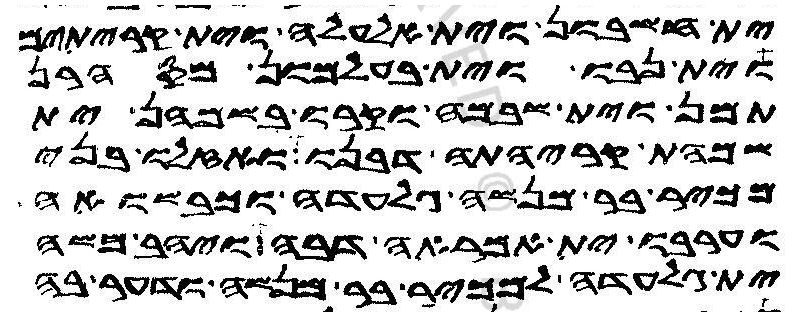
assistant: ית חשבון וית אלעלה וית קריתים
וית נבו וית בעלמון מסהרן
תמן וית שבמה וקרו בשמהן ית
שמהת קריהתה דבנו ואזלו בני
מכיר בר מנשה גלעדה וכבשואה
וערבו ית אמראה דבה ויהב משה
ית גלעדה למכיר בר מנשה ודער בה